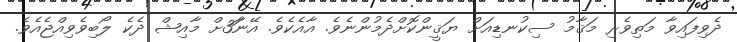
ދެވިފައިވާ މަތިވެރި މަޤާމު ސިކުނޑިއަށް ޔަޤީންކޮށްދެމުންނެވެ. އާއެކެވެ. އޭނާ3ަށް މާއިޝް ދެކެ ލޯބިވެވިއްޖެއެވެ.